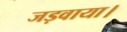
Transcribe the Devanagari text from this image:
जड़वाया।